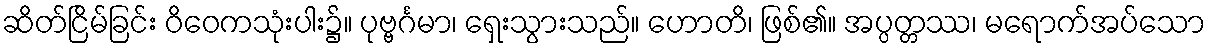
ဆိတ်ငြိမ်ခြင်း ဝိဝေကသုံးပါး၌။ ပုဗ္ဗင်္ဂမာ၊ ရှေးသွားသည်။ ဟောတိ၊ ဖြစ်၏။ အပ္ပတ္တဿ၊ မရောက်အပ်သော